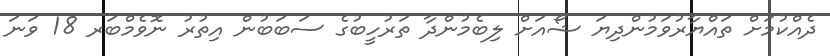
ދެއްކުމަށް ތައްޔާރުވަމުންދިޔަ ޝޯއަށް ލިބެމުންދާ ތަރުހީބުގެ ސަބަބުން އިތުރު ނޮވެމްބަރ 18 ވަނަ